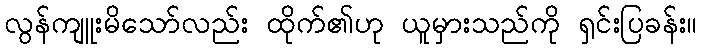
လွန်ကျူးမိသော်လည်း ထိုက်၏ဟု ယူမှားသည်ကို ရှင်းပြခန်း။